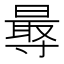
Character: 𭕁